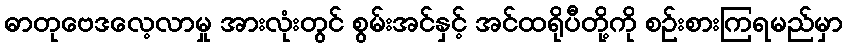
ဓာတုဗေဒလေ့လာမှု အားလုံးတွင် စွမ်းအင်နှင့် အင်ထရိုပီတို့ကို စဉ်းစားကြရမည်မှာ